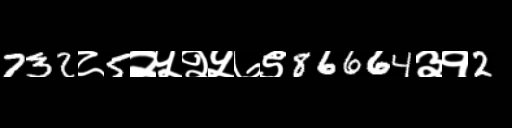
Text: 732८5२५२५७९86664३१2